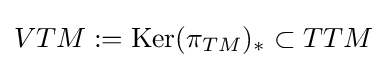
VTM:=\operatorname {Ker} (\pi _{TM})_{*}\subset TTM